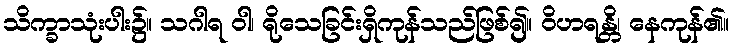
သိက္ခာသုံးပါး၌။ သဂါရ ဝါ၊ ရိုသေခြင်းရှိကုန်သည်ဖြစ်၍။ ဝိဟရန္တိ၊ နေကုန်၏။